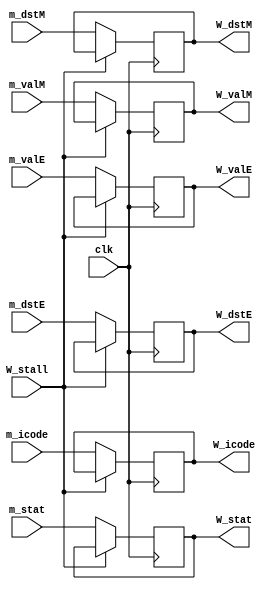
`timescale 1ns / 1ps

module W_pipe (
    input clk,
    input [2:0] m_stat,
    input [3:0] m_icode,
    input [63:0] m_valE,
    input [63:0] m_valM,
    input [3:0] m_dstE,
    input [3:0] m_dstM,
    input W_stall,

    output reg [2:0] W_stat,
    output reg [3:0] W_icode,
    output reg [63:0] W_valE,
    output reg [63:0] W_valM,
    output reg [3:0] W_dstE,
    output reg [3:0] W_dstM
);

always @ (posedge clk)
begin
    if (W_stall == 0)
    begin
        W_stat <= m_stat;
        W_icode <= m_icode;
        W_valE <= m_valE;
        W_valM <= m_valM;
        W_dstE <= m_dstE;
        W_dstM <= m_dstM;
    end
end

endmodule